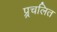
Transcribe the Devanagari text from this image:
प्र्र्रचलित